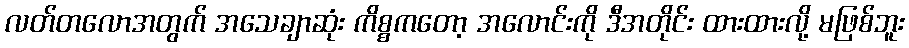
လတ်တလောအတွက် အသေချာဆုံး ကိစ္စကတော့ အလောင်းကို ဒီအတိုင်း ထားထားလို့ မဖြစ်ဘူး